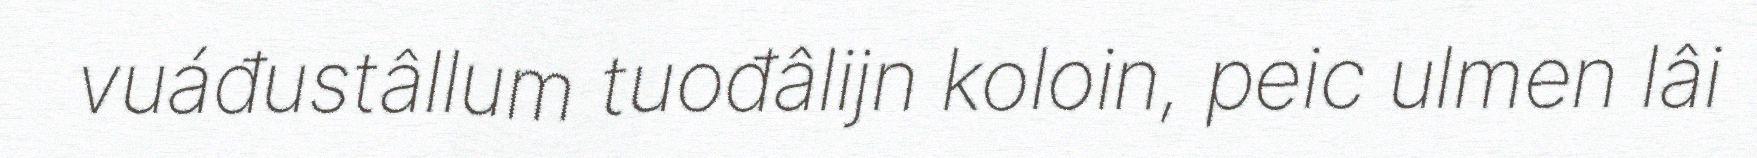
vuáđustâllum tuođâlijn koloin, peic ulmen lâi